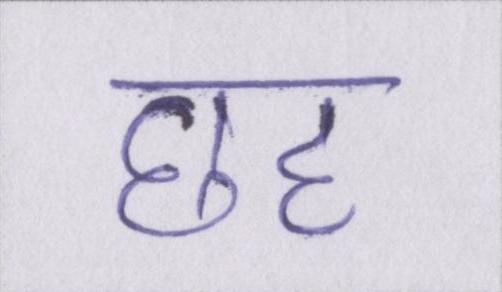
छह